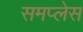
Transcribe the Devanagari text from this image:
समप्लेस